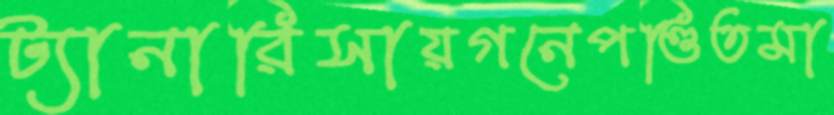
ট্যানারিসায়গনেপণ্ডিতমা